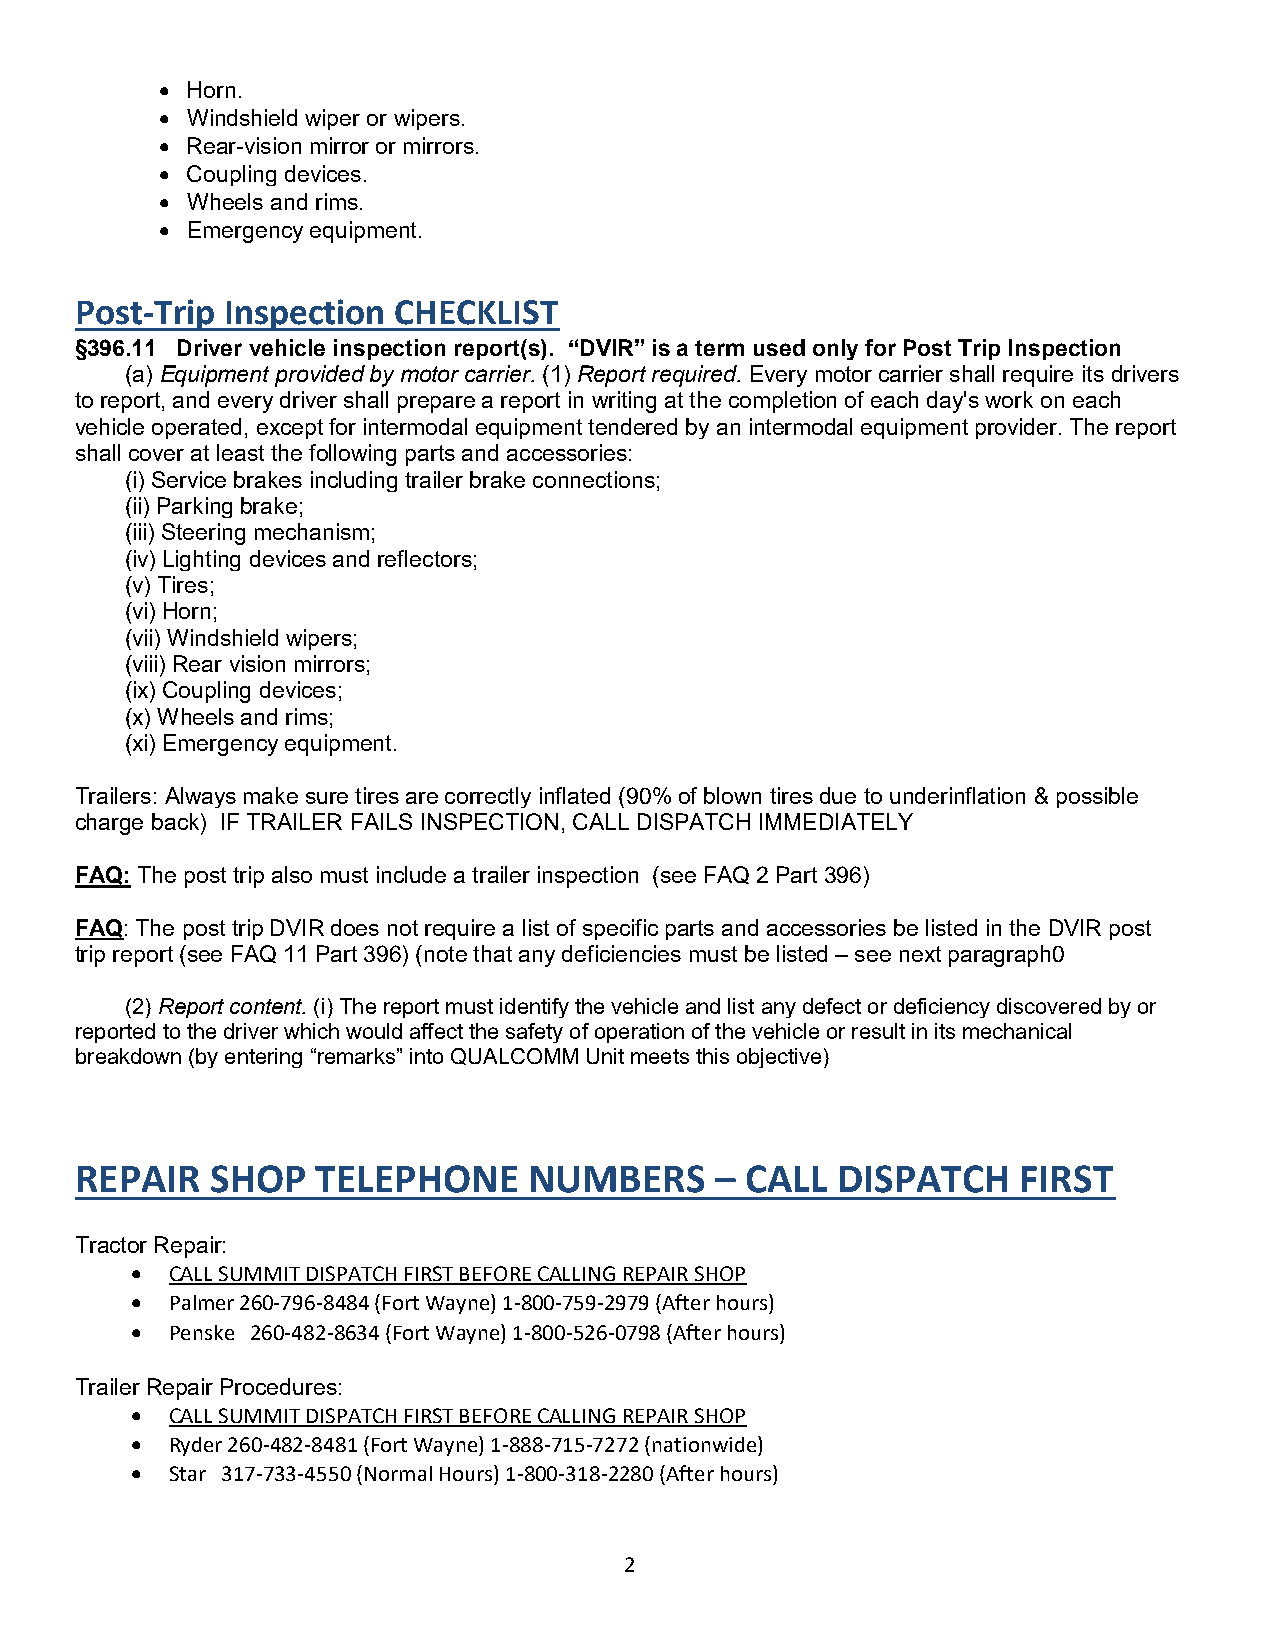
 Horn.
  Windshield wiper or wipers.
  Rear-vision mirror or mirrors.
  Coupling devices.
  Wheels and rims.
  Emergency equipment.
 Post-Trip Inspection CHECKLIST
 §396.11 Driver vehicle inspection report(s). “DVIR” is a term used only for Post Trip Inspection
 (a) Equipment provided by motor carrier. (1) Report required. Every motor carrier shall require its drivers
 to report, and every driver shall prepare a report in writing at the completion of each day's work on each
 vehicle operated, except for intermodal equipment tendered by an intermodal equipment provider. The report
 shall cover at least the following parts and accessories:
 (i) Service brakes including trailer brake connections;
 (ii) Parking brake;
 (iii) Steering mechanism;
 (iv) Lighting devices and reflectors;
 (v) Tires;
 (vi) Horn;
 (vii) Windshield wipers;
 (viii) Rear vision mirrors;
 (ix) Coupling devices;
 (x) Wheels and rims;
 (xi) Emergency equipment.
 Trailers: Always make sure tires are correctly inflated (90% of blown tires due to underinflation & possible
 charge back) IF TRAILER FAILS INSPECTION, CALL DISPATCH IMMEDIATELY
 FAQ: The post trip also must include a trailer inspection (see FAQ 2 Part 396)
 FAQ: The post trip DVIR does not require a list of specific parts and accessories be listed in the DVIR post
 trip report (see FAQ 11 Part 396) (note that any deficiencies must be listed – see next paragraph0
 (2) Report content. (i) The report must identify the vehicle and list any defect or deficiency discovered by or
 reported to the driver which would affect the safety of operation of the vehicle or result in its mechanical
 breakdown (by entering “remarks” into QUALCOMM Unit meets this objective)
 REPAIR   SHOP   TELEPHONE     NUMBERS     – CALL  DISPATCH     FIRST
 Tractor Repair:
  CALL SUMMIT DISPATCH FIRST BEFORE CALLING REPAIR SHOP
  Palmer 260-796-8484 (Fort Wayne) 1-800-759-2979 (After hours)
  Penske 260-482-8634 (Fort Wayne) 1-800-526-0798 (After hours)
 Trailer Repair Procedures:
  CALL SUMMIT DISPATCH FIRST BEFORE CALLING REPAIR SHOP
  Ryder 260-482-8481 (Fort Wayne) 1-888-715-7272 (nationwide)
  Star 317-733-4550 (Normal Hours) 1-800-318-2280 (After hours)
 2